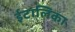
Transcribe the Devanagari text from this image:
ईटालिका